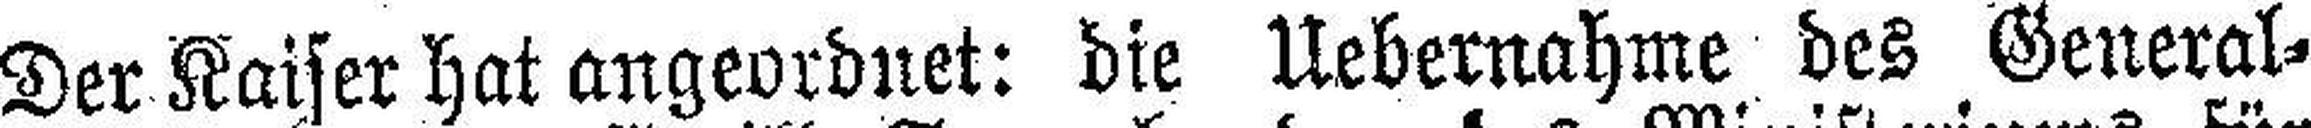
Der Kaiser hat angeordnet: die Uebernahme des General¬